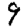
Digit: 9